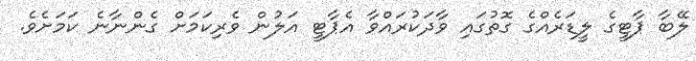
ލޭބާ ޕާޓީގެ ލީޑަރެއްގެ ގޮތުގައި ވާދަކުރައްވާ އެޕާޓީ އަލުން ވެރިކަމަށް ގެންނާނެ ކަމަށެވެ.